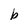
Character: b